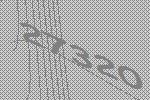
27320